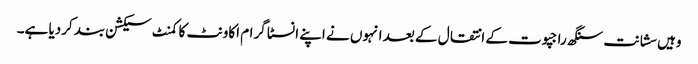
وہیں سشانت سنگھ راجپوت کے انتقال کے بعد انہوں نے اپنے انسٹا گرام اکاونٹ کا کمنٹ سیکشن بند کردیا ہے۔